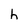
Character: h